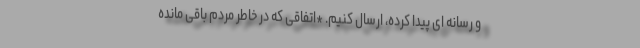
و رسانه ای پیدا کرده، ارسال کنیم. *اتفاقی که در خاطر مردم باقی مانده